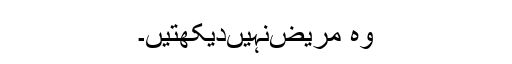
وہ مریض‌نہیں‌دیکھتیں۔